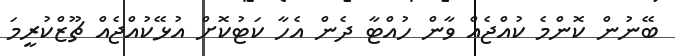
ބޭނުން ކޮންމެ ކުއްޖެއް ވާން ހުއްޓާ ދެން އެހާ ކަޓުކޮށް އުޅޭކުއްޖެއް ޗޫޒްކުރީމަ